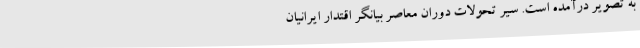
به تصویر درآمده است. سير تحولات دوران معاصر بيانگر اقتدار ايرانيان